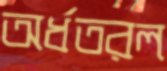
অর্ধতরল